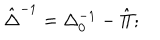
\hat { \Delta } ^ { - 1 } = \Delta _ { 0 } ^ { - 1 } - \hat { \Pi } ;